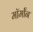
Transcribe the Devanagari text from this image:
मॉर्मॉन